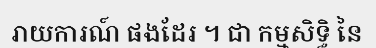
រាយការណ៍ ផងដែរ ។ ជា កម្មសិទ្ធិ នៃ